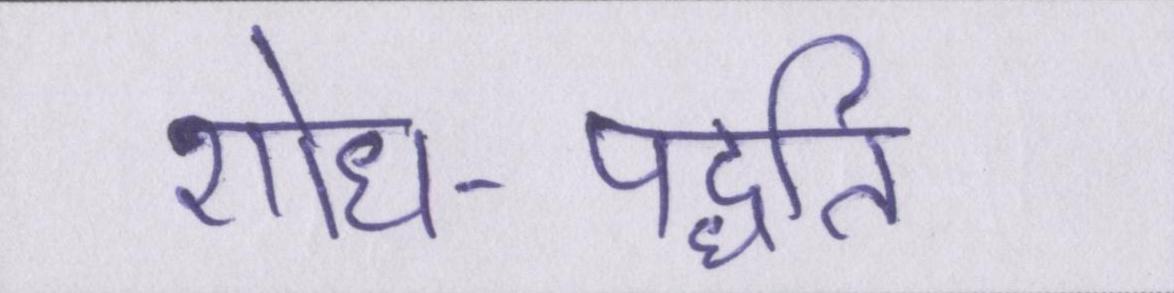
शोध-पद्धति